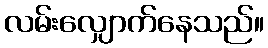
လမ်းလျှောက်နေသည်။